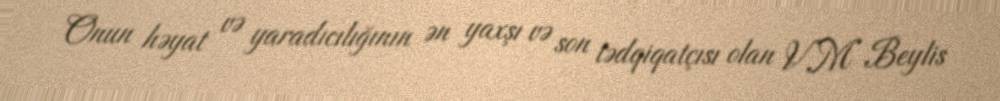
Onun həyat və yaradıcılığının ən yaxşı və son tədqiqatçısı olan V.M Beylis